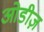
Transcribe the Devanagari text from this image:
ओडीज़